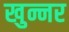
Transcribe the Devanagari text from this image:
खुन्नर